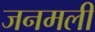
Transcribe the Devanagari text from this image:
जनमली